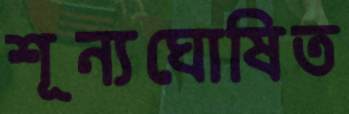
শূন্যঘোষিত